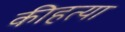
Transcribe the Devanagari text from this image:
कीहत्या